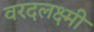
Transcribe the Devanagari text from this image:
वरदलक्ष्मी